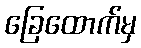
ခြေထောက်မှ